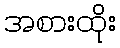
အစားထိုး